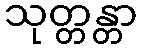
သုတ္တန္တာ